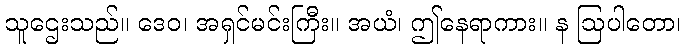
သူဌေးသည်။ ဒေဝ၊ အရှင်မင်းကြီး။ အယံ၊ ဤနေရာကား။ န ဩပါတော၊